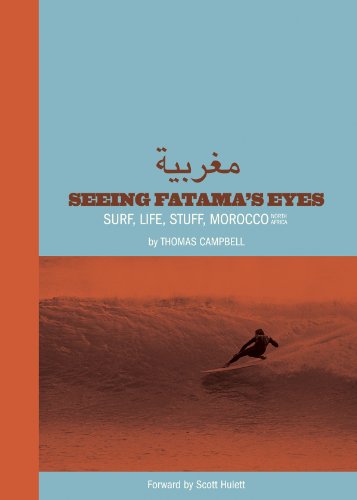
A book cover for Thomas Campbell: Seeing Fatima's Eyes: Surf, Life, Stuff, Morocco, North Africa; Thomas Campbell; Arts & Photography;